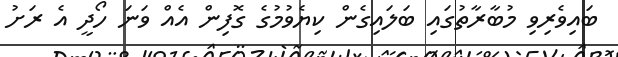
ބައިވެރިވި މުބާރާތުގައި ބަލައިގެން ކިޔެވުމުގެ ގޮފިން އެއް ވަނަ ހޯދީ އެ ރަށު